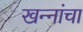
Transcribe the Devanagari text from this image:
खन्‍नांचा